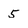
Character: 5